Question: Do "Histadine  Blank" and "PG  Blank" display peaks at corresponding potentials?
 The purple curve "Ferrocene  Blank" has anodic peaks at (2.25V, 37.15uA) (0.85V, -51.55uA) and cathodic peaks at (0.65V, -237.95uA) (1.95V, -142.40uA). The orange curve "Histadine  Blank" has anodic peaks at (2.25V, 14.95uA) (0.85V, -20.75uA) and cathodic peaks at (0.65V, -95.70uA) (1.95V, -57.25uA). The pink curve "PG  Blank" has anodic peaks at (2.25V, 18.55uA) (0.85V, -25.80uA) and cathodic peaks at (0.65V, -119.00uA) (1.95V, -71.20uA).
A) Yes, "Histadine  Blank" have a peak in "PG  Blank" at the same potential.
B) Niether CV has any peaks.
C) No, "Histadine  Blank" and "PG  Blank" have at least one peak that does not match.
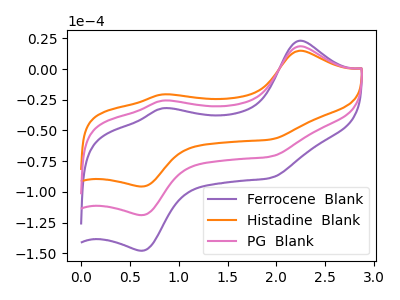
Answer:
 <answer>A) Yes, "Histadine  Blank" have a peak in "PG  Blank" at the same potential.</answer>
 <eval>A</eval>